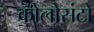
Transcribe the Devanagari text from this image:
कोलोसंटो